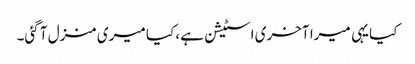
کیا یہی میرا آخری اسٹیشن ہے، کیا میری منزل آ گئی۔